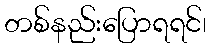
တစ်နည်းပြောရရင်၊